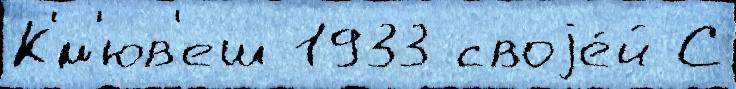
К'́м'юв'еш 1933 своjе́й С